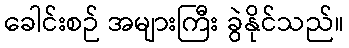
ခေါင်းစဉ် အများကြီး ခွဲနိုင်သည်။